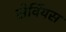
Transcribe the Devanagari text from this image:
सेर्वियस